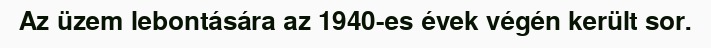
Az üzem lebontására az 1940-es évek végén került sor.